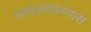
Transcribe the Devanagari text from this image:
व्याघ्रप्रकाल्पास